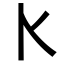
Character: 𰀠